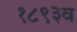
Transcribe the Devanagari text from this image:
१८९३व